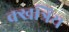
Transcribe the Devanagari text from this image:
क्खत्रिय